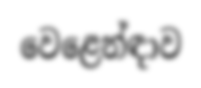
වෙළෙන්ඳාව